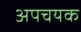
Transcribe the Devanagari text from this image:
अपचयक